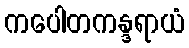
ကပေါတကန္ဒရာယံ